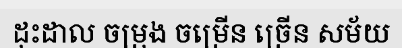
ដុះដាល ចម្រុង ចម្រើន ច្រើន សម័យ